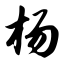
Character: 杨